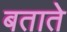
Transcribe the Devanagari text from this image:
बतातेे